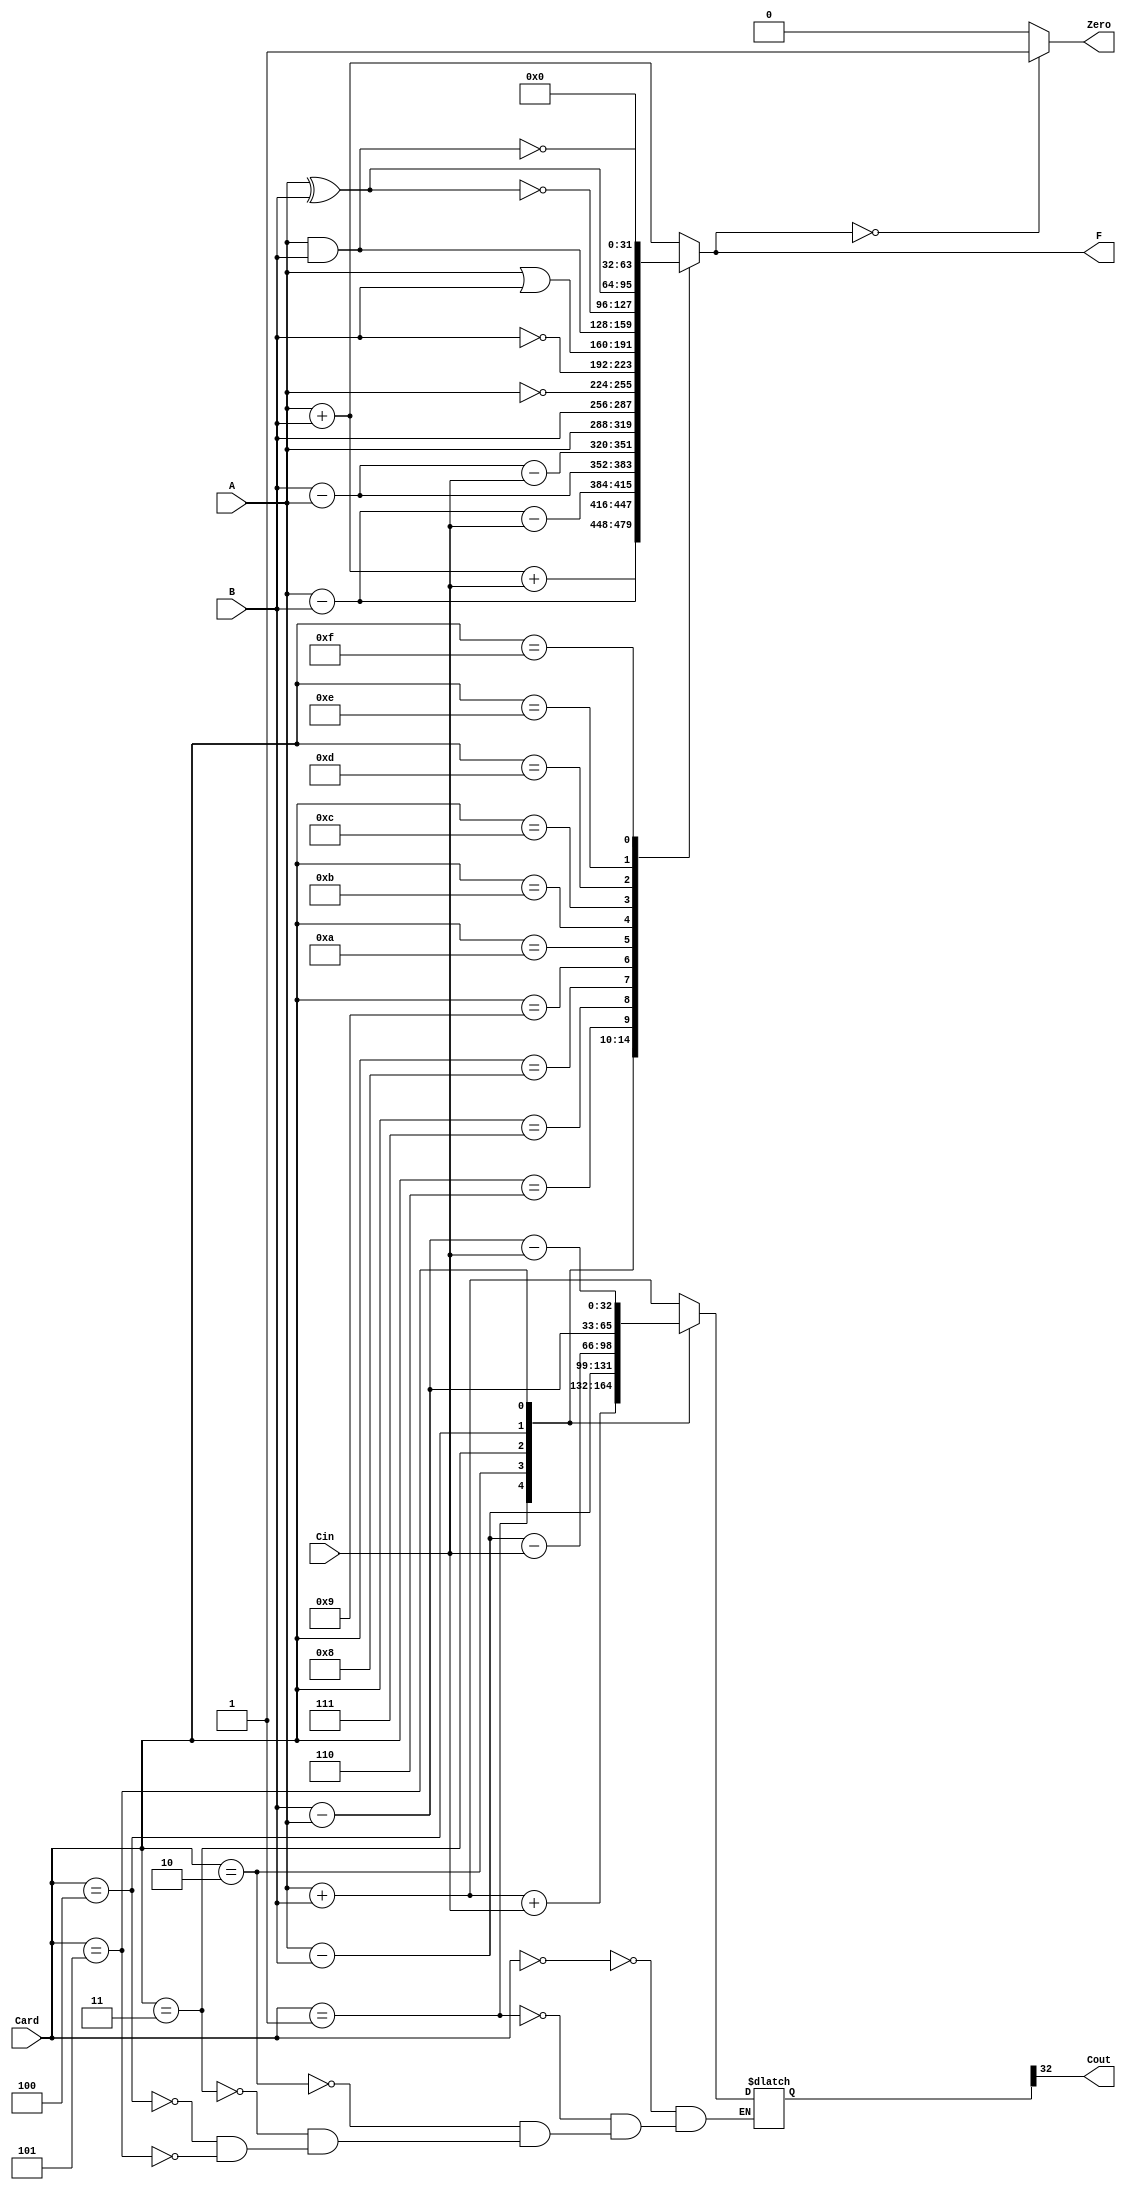
`timescale 1ns / 1ps
//////////////////////////////////////////////////////////////////////////////////
// Company: 
// Engineer: 
// 
// Design Name: 
// Module Name:    ALU 
// Project Name: 
// Target Devices: 
// Tool versions: 
// Description: 
//
// Dependencies: 
//
// Revision: 
// Revision 0.01 - File Created 
// Additional Comments: 
//
//////////////////////////////////////////////////////////////////////////////////
module ALU(
    input [31:0] A,
    input [31:0] B,
    input Cin,
    input [4:0] Card,
    output [31:0] F,
    output Cout,
    output Zero
    );
	reg [32:0] temp_result;
	reg [31:0] ALU_output;
	reg 		  Zero_output;
	
	assign F    = ALU_output;
	assign Zero = Zero_output;

	assign Cout = temp_result[32];
	
	always@(*)
	begin
		case(Card)
		//add
		5'b00000:
		begin 
			ALU_output= A + B;
			temp_result = {1'b0,A} + {1'b0,B};
		end
		
		//add with cin
		5'b00001:
		begin 
			ALU_output= A + B + {31'b0,Cin};
			temp_result = {1'b0,A} + {1'b0,B} + {32'b0,Cin};
		end
		
		//sub
		5'b00010:
		begin 
			ALU_output= A - B;
			temp_result = {1'b0,A} - {1'b0,B};
		end
		
		//sub with cin
		5'b00011:
		begin 
			ALU_output= A - B - {31'b0,Cin};
			temp_result = {1'b0,A} - {1'b0,B} - {32'b0,Cin};
		end
		
		//sub
		5'b00100:
		begin 
			ALU_output= B - A;
			temp_result = {1'b0,B} - {1'b0,A};
		end
		
		//sub with cin
		5'b00101:
		begin 
			ALU_output= B - A - {31'b0,Cin};
			temp_result = {1'b0,B} - {1'b0,A} - {32'b0,Cin};
		end
		
		//keep A
		5'b00110:ALU_output= A;
		//keep B
		5'b00111:ALU_output= B;
		//~A
		5'b01000:ALU_output= ~A;
		//~B
		5'b01001:ALU_output= ~B;
		//A or B
		5'b01010:ALU_output= A | B;
		//A and B
		5'b01011:ALU_output= A & B;
		//A sor B
		5'b01100:ALU_output= ~(A ^ B);
		//A nor B
		5'b01101:ALU_output= A ^ B;
		//~&
		5'b01110:ALU_output= ~(A & B);
		//all zero
		5'b01111:ALU_output= 32'b0;
		//add
		default: ALU_output = A + B;
		endcase
		//if result is zero, set 1
		Zero_output = (ALU_output==32'b0)?1'b1:1'b0;
	end
endmodule